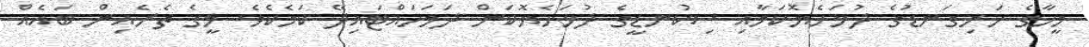
މީހާގެ ހަށިގަނޑުގެ ދުޅަހެޔޮކަމާއި ސިކުނޑީގެ ދުޅަހެޔޮކަން ދަމަހައްޓައިދޭ ކަމެކެވެ. މީގެ ތެރެއިން ބައެއް